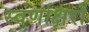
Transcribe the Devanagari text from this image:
स्‍वर्णाक्षरों